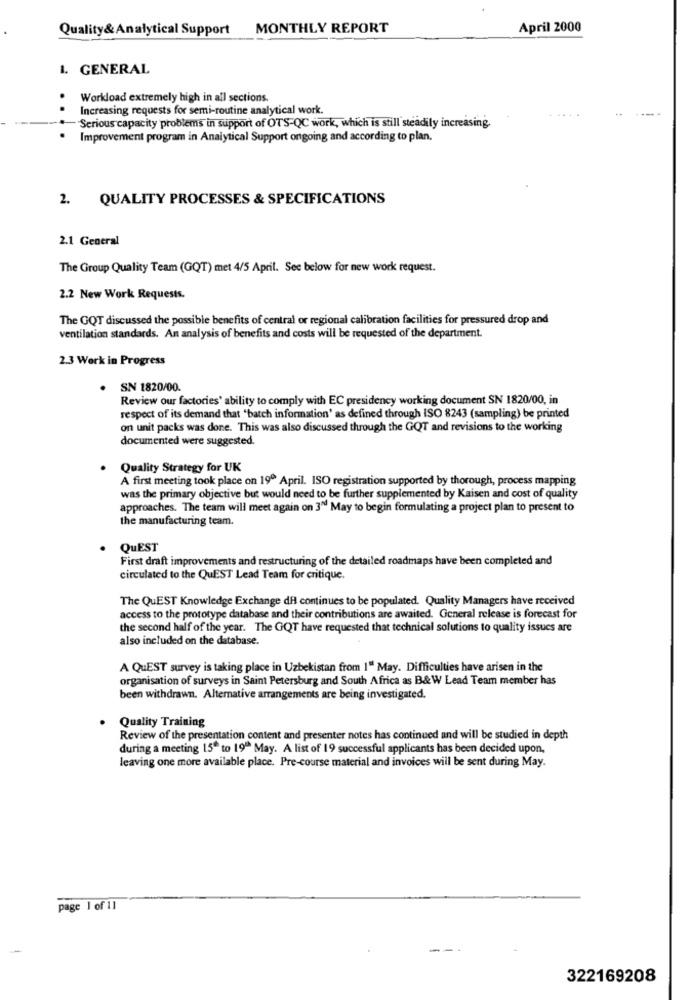
Quality& Analytical Support
MONTHLY REPORT
April 2000
1. GENERAL
Workload extremely high in all sections.
Increasing requests for semi-routine analytical work.
Serious capacity problems in support of OTS-QC work, which is still steadily increasing.
Improvement program in Analytical Support ongoing and according to plan.
2.
QUALITY PROCESSES & SPECIFICATIONS
2.1 General
The Group Quality Team (GQT) met 4/5 April. See below for new work request.
2.2 New Work Requests.
The GQT discussed the possible benefits of central or regional calibration facilities for pressured drop and
ventilation standards. An analysis of benefits and costs will be requested of the department.
2.3 Work in Progress
.
SN 1820/00.
Review our factories' ability to comply with EC presidency working document SN 1820/00, in
respect of its demand that 'batch information' as defined through ISO 8243 (sampling) be printed
on unit packs was done. This was also discussed through the GOT and revisions to the working
documented were suggested.
Quality Strategy for UK
A first meeting took place on 190 April. ISO registration supported by thorough, process mapping
was the primary objective but would need to be further supplemented by Kaisen and cost of quality
approaches. The team will meet again on 3" May to begin formulating a project plan to present to
the manufacturing team.
QUEST
First draft improvements and restructuring of the detailed roadmaps have been completed and
circulated to the QuEST Lead Team for critique.
The QuEST Knowledge Exchange df continues to be populated. Quality Managers have received
access to the prototype database and their contributions are awaited. General release is forecast for
the second half of the year. The GQT have requested that technical solutions to quality issues are
also included on the database.
A QUEST survey is taking place in Uzbekistan from I" May. Difficulties have arisen in the
organisation of surveys in Saint Petersburg and South Africa as B&W Lead Team member has
been withdrawn. Alternative arrangements are being investigated.
Quality Training
Review of the presentation content and presenter notes has continued and will be studied in depth
during a meeting 15" to 19" May. A list of 19 successful applicants has been decided upon,
leaving one more available place. Pre-course material and invoices will be sent during May.
page 1 of 11
322169208